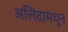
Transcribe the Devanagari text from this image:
अलिंदामधून